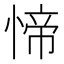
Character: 𱞷